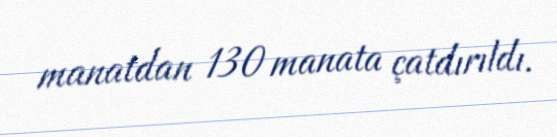
manatdan 130 manata çatdırıldı.